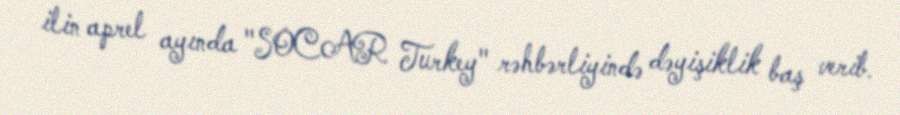
ilin aprel ayında "SOCAR Turkey" rəhbərliyində dəyişiklik baş verib.